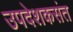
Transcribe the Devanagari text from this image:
उपदेशकसंत